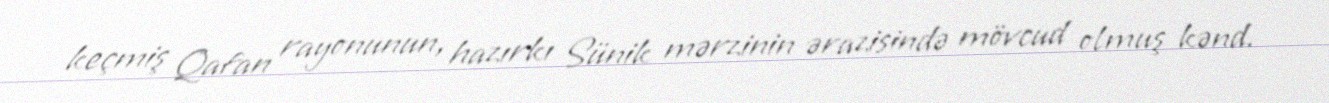
keçmiş Qafan rayonunun, hazırkı Sünik mərzinin ərazisində mövcud olmuş kənd.